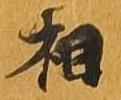
相